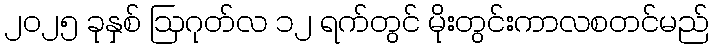
၂၀၂၅ ခုနှစ် ဩဂုတ်လ ၁၂ ရက်တွင် မိုးတွင်းကာလစတင်မည်